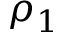
\rho _ { 1 }